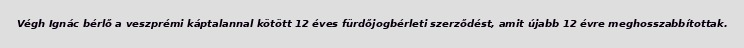
Végh Ignác bérlő a veszprémi káptalannal kötött 12 éves fürdőjogbérleti szerződést, amit újabb 12 évre meghosszabbítottak.